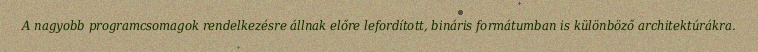
A nagyobb programcsomagok rendelkezésre állnak előre lefordított, bináris formátumban is különböző architektúrákra.